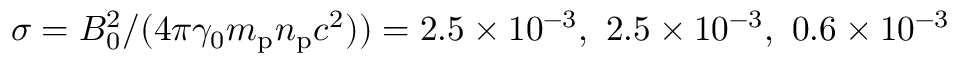
\sigma = B _ { 0 } ^ { 2 } / ( 4 \pi \gamma _ { 0 } m _ { \mathrm { p } } n _ { \mathrm { p } } c ^ { 2 } ) ) = 2 . 5 \times 1 0 ^ { - 3 } , \ 2 . 5 \times 1 0 ^ { - 3 } , \ 0 . 6 \times 1 0 ^ { - 3 }